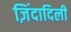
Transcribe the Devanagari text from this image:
ज़िंदादिली